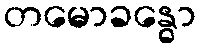
တမောခန္ဓော